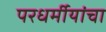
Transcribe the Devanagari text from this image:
परधर्मीयांचा